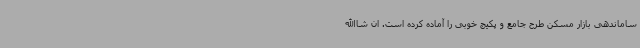
ساماندهی بازار مسکن طرح جامع و پکیج خوبی را آماده کرده است. ان شاالله